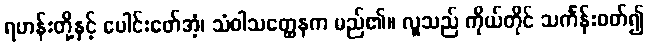
ရဟန်းတို့နှင့် ပေါင်းဖော်အံ့၊ သံဝါသတ္ထေနက မည်၏။ လူသည် ကိုယ်တိုင် သင်္ကန်းဝတ်၍